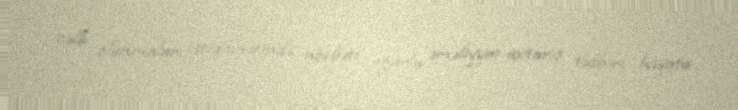
cəlb olunmaları istiqamətində növbəti uğurlu əməliyyat-axtarış tədbiri həyata